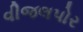
વીજલપોર